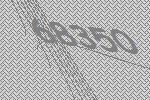
68350